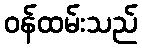
ဝန်ထမ်းသည်